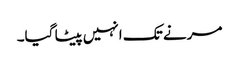
مرنے تک انہیں پیٹا گیا۔